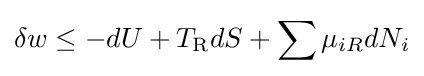
\delta w\leq -dU+T_{\text{R}}dS+\sum \mu _{iR}dN_{i}